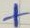
Text: +